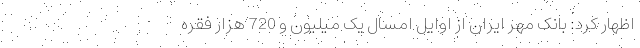
اظهار کرد: بانک مهر ایران از اوایل امسال یک میلیون و 720 هزار فقره